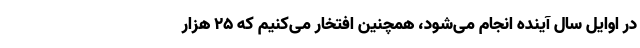
در اوایل سال آینده انجام می‌شود، همچنین افتخار می‌کنیم که ۲۵ هزار